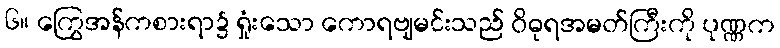
၆။ ကြွေအန်ကစားရာ၌ ရှုံးသော ကောရဗျမင်းသည် ဝိဓုရအမတ်ကြီးကို ပုဏ္ဏက